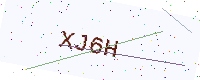
Text: XJ6H